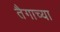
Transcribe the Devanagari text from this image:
तैगाच्या